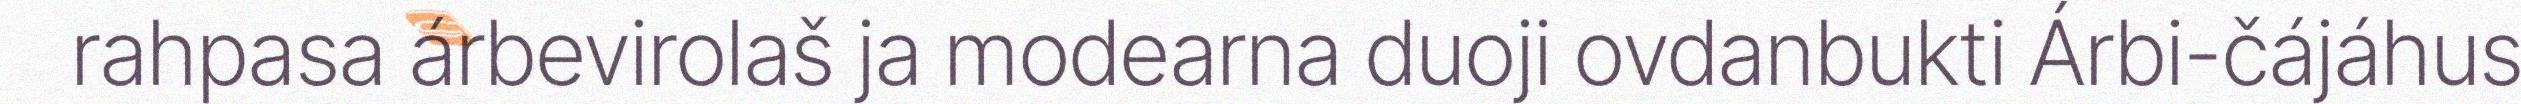
rahpasa árbevirolaš ja modearna duoji ovdanbukti Árbi-čájáhus